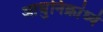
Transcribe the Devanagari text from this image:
आधुनिक्रांध्ये